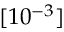
[ 1 0 ^ { - 3 } ]